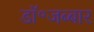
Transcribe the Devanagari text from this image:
डॉ॰जब्बार